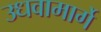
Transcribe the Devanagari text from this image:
उधवामार्गे